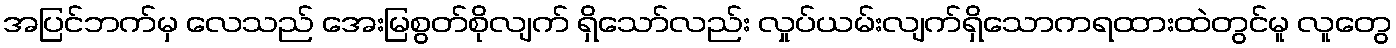
အပြင်ဘက်မှ လေသည် အေးမြစွတ်စိုလျက် ရှိသော်လည်း လှုပ်ယမ်းလျက်ရှိသောကရထားထဲတွင်မူ လူတွေ